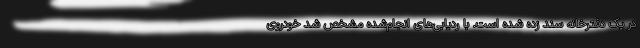
در یک دفترخانه سند زده شده است. با ردیابی‌های انجام‌شده مشخص شد خودروی